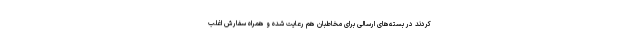
کردند در بسته‌های ارسالی برای مخاطبان هم رعایت شده و همراه سفارش اغلب